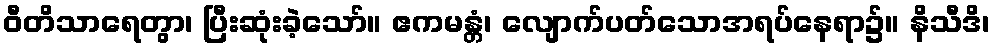
ဝီတိသာရေတွာ၊ ပြီးဆုံးခဲ့သော်။ ဧကမန္တံ၊ လျောက်ပတ်သောအရပ်နေရာ၌။ နိသီဒိ၊